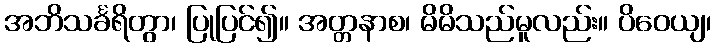
အဘိသင်္ခရိတွာ၊ ပြုပြင်၍။ အတ္တနာစ၊ မိမိသည်မူလည်း။ ပိဝေယျ၊